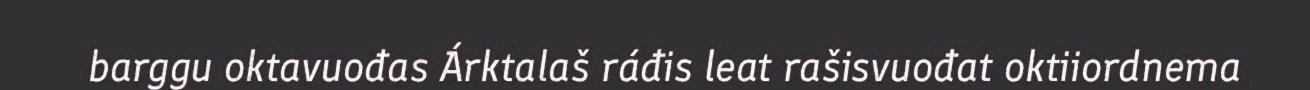
barggu oktavuođas Árktalaš ráđis leat rašisvuođat oktiiordnema